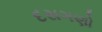
દસગણો